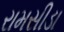
રામસીડા